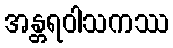
အန္တရဝါသကဿ